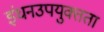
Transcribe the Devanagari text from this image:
इंधनउपयुक्तता